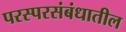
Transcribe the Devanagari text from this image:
परस्परसंबंधातील